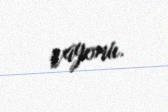
rayonu.